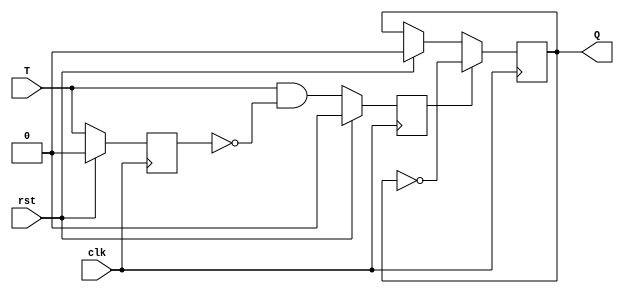
`timescale 1ns / 1ps

module TFF2(
input T,clk,rst,
output reg Q 
    );
    reg T_trig, T_reg;
    
always @(posedge clk)
begin
  if(rst)
    begin
    Q <= 1'b0;
    T_trig <= 1'b0;
    T_reg <= 1'b0;
    end
  else
    begin
    T_reg <=T;
    T_trig <=T & ~T_reg;
    end

    if(T_trig)
    Q <= ~Q;
 end
          
endmodule